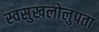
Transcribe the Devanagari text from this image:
स्वसुखलोलुपता